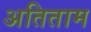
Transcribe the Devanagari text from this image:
अतिताम